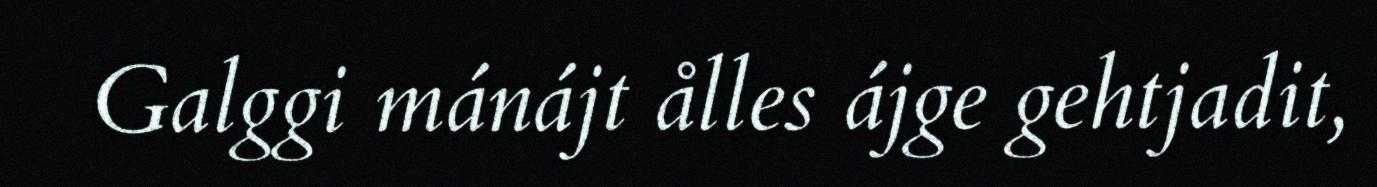
Galggi mánájt ålles ájge gehtjadit,